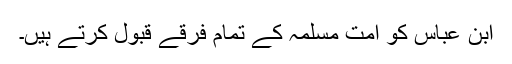
ابن عباس کو اُمت ِمسلمہ کے تمام فرقے قبول کرتے ہیں۔